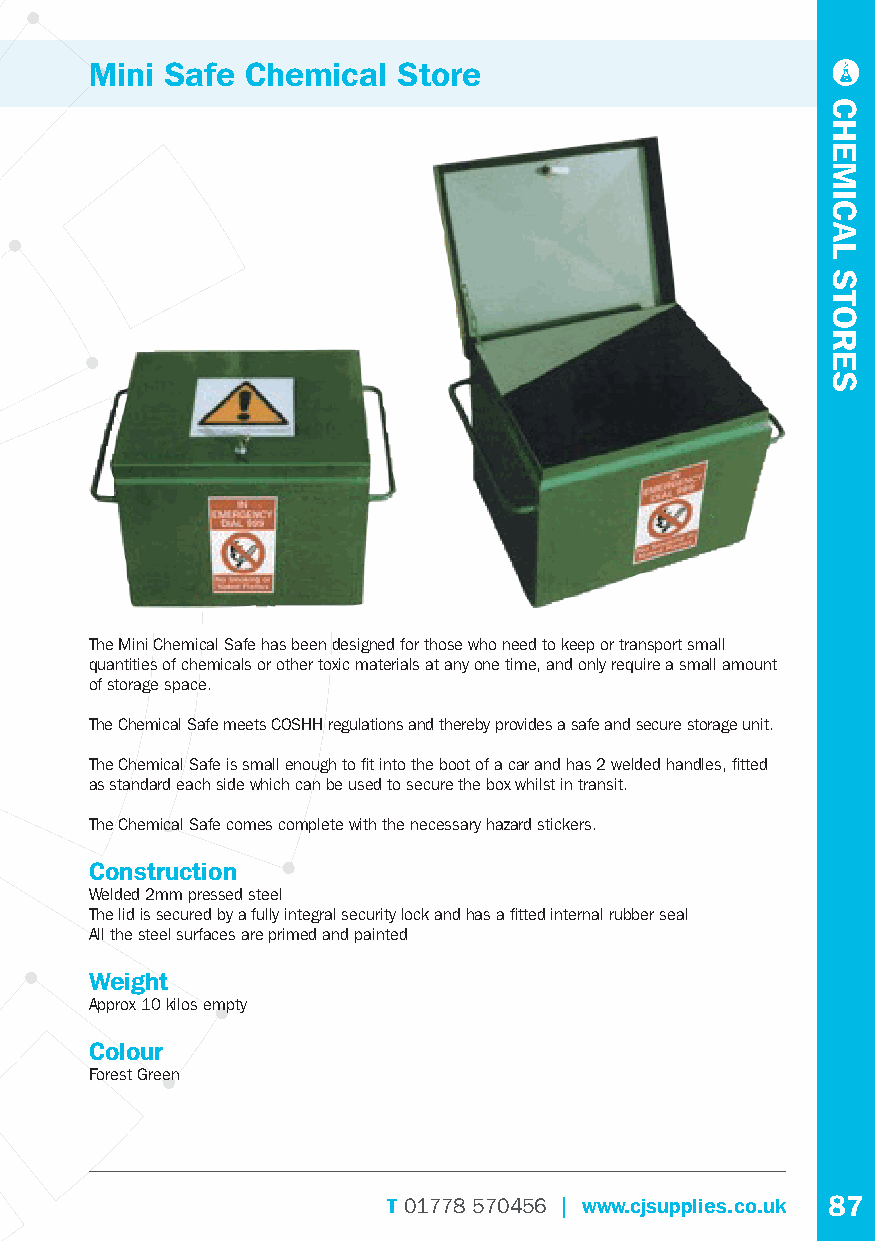
Mini Safe Chemical  Store
 The Mini Chemical Safe has been designed for those who need to keep or transport small
 quantities of chemicals or other toxic materials at any one time, and only require a small amount
 of storage space.
 The Chemical Safe meets COSHH regulations and thereby provides a safe and secure storage unit.
 The Chemical Safe is small enough to fi t into the boot of a car and has 2 welded handles, fi tted
 as standard each side which can be used to secure the box whilst in transit.
 The Chemical Safe comes complete with the necessary hazard stickers.
 Construction
 Welded 2mm pressed steel
 The lid is secured by a fully integral security lock and has a fi tted internal rubber seal
 All the steel surfaces are primed and painted
 Weight
 Approx 10 kilos empty
 Colour
 Forest Green
 T01778 570456 | www.cjsupplies.co.uk 87
 CHEMICAL
 STORES